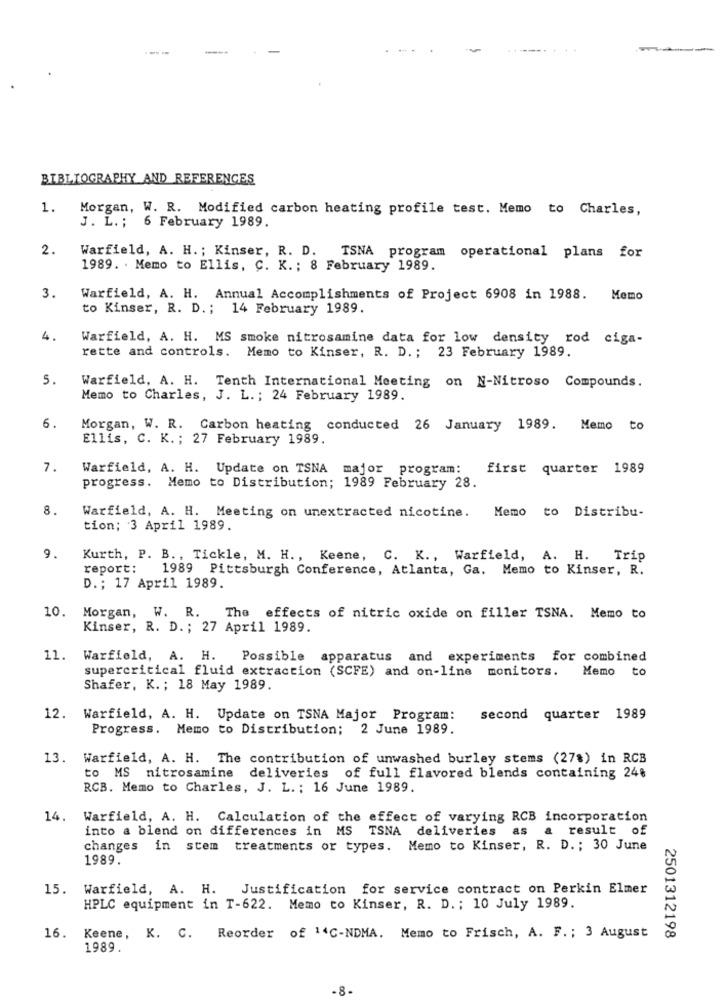
---
BIBLIOGRAPHY AND REFERENCES
1.
Morgan, W. R. Modified carbon heating profile test. Memo to Charles,
J. L. ; 6 February 1989.
2.
Warfield, A. H .; Kinser, R. D. TSNA program operational plans for
1989. . Memo to Ellis, C. K .; 8 February 1989.
3.
Warfield, A. H. Annual Accomplishments of Project 6908 in 1988. Memo
to Kinser, R. D. ; 14 February 1989.
4.
Warfield, A. H. MS smoke nitrosamine data for low density rod ciga-
rette and controls. Memo to Kinser, R. D. ; 23 February 1989.
5.
Warfield, A. H. Tenth International Meeting on N-Nitroso Compounds.
Memo to Charles, J. L .; 24 February 1989.
6.
Morgan, W. R. Carbon heating conducted 26 January 1989. Memo to
Ellis, C. K .; 27 February 1989.
7.
Warfield, A. H. Update on TSNA major program:
first quarter 1989
progress. Memo to Distribution; 1989 February 28.
8.
Memo to Distribu-
Warfield, A. H. Meeting on unextracted nicotine.
tion; 3 April 1989.
9.
Kurth, P. B ., Tickle, M. H ., Keene, C. K ., Warfield, A. H. Trip
report:
1989 Pittsburgh Conference, Atlanta, Ga. Memo to Kinser, R.
D .; 17 April 1989.
Morgan, W. R.
10.
The effects of nitric oxide on filler TSNA. Memo to
Kinser, R. D .; 27 April 1989.
11. Warfield, A. H.
Possible apparatus and experiments for combined
supercritical fluid extraction (SCFE) and on-line monitors.
Memo to
Shafer, K .; 18 May 1989.
12. Warfield, A. H. Update on TSNA Major Program:
second quarter 1989
Progress. Memo to Distribution; 2 June 1989.
13. Warfield, A. H. The contribution of unwashed burley stems (27%) in RCB
to MS nitrosamine deliveries of full flavored blends containing 248
RCB. Memo to Charles, J. L .; 16 June 1989.
14.
Warfield, A. H. Calculation of the effect of varying RCB incorporation
into a blend on differences in MS TSNA deliveries as
result of
changes in stem treatments or types. Memo to Kinser, R. D .; 30 June
1989.
15. Warfield, A. H.
Justification for service contract on Perkin Elmer
HPLC equipment in T-622. Memo to Kinser, R. D. ; 10 July 1989.
16. Keene, K. C.
Reorder of 14C-NDMA. Memo to Frisch, A. F. ; 3 August
2501312198
1989.
-8.